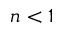
n < 1